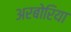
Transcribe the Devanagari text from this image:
अरबोरिया